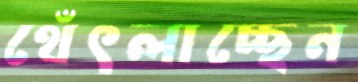
থেঁৎলাচ্ছেন